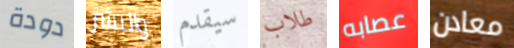
دودة والبشر سيقدم طلاب عصابه معادن